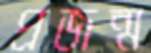
প্রজন্ম